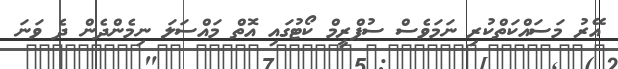
އޭރު މަސައްކަތްކުރި ނަމަވެސް ސުޕްރީމް ކޯޓުގައި އޮތް މައްސަލަ ނިމެންދެން ދެ ވަނަ